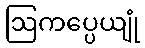
ဩကပ္ပေယျုံ